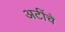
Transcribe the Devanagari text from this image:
अटींचे